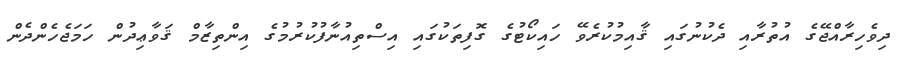
ދިވެހިރާއްޖޭގެ އުތުރާއި ދެކުނުގައި ޤާއިމުކުރެވޭ ހައިކޯޓުގެ ގޮފިތަކުގައި އިސްތިއުނާފުކުރުމުގެ އިންތިޒާމް ޤަވާޢިދުން ހަމަޖެހެންދެން